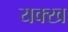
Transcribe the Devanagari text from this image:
यक्ख